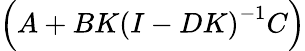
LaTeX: \left(A+BK\left(I-DK\right)^{-1}C\right)